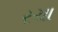
રચા